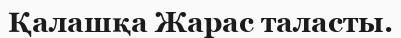
Қалашқа Жарас таласты.